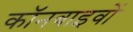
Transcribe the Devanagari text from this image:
कॉनबाइवों